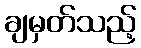
ချမှတ်သည့်